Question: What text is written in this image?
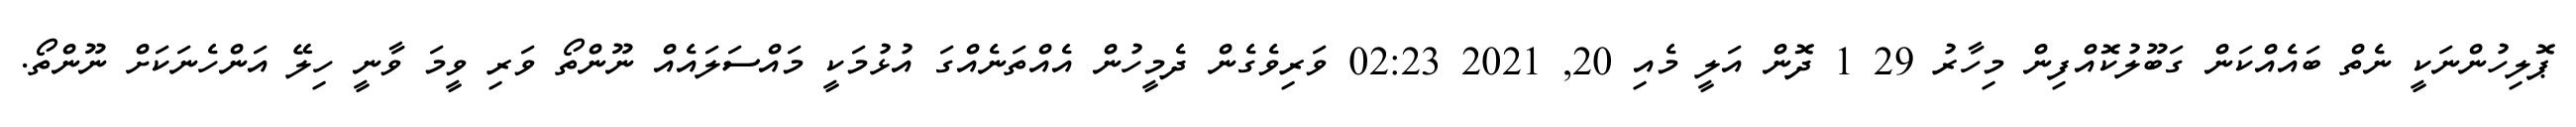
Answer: ޕޮލިހުންނަކީ ނެތް ބައެއްކަން ގަބޫލުކޮއްފިން މިހާރު 29 1 ދޮން އަލީ މެއި 20, 2021 02:23 ވަރިވެގެން ދެމީހުން އެއްތަނެއްގަ އުޅުމަކީ މައްސަލައެއް ނޫންތޯ ވަރި ވީމަ ވާނީ ހިލޭ އަންހެނަކަށް ނޫންތޯ.